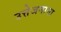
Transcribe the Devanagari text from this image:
उत्तेजनाना